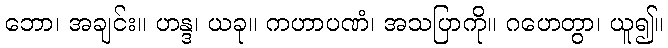
ဘော၊ အချင်း။ ဟန္ဒ၊ ယခု။ ကဟာပဏံ၊ အသပြာကို။ ဂဟေတွာ၊ ယူ၍။